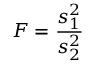
F = { \frac { s _ { 1 } ^ { 2 } } { s _ { 2 } ^ { 2 } } }